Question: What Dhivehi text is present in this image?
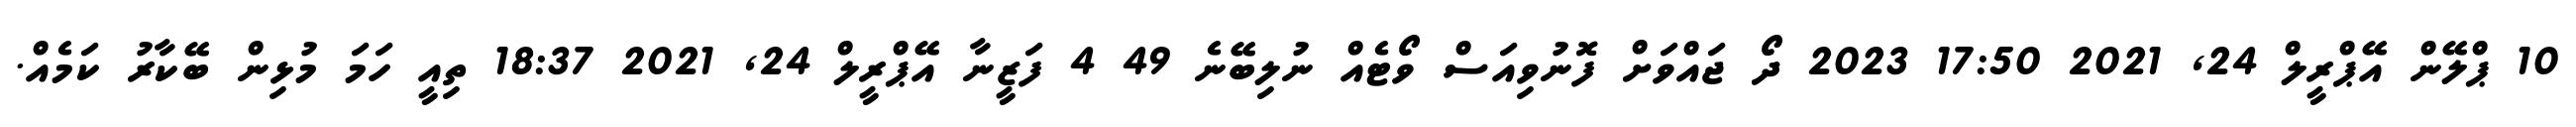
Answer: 10 ޕްލޭން އޭޕްރީލް 24, 2021 17:50 2023 ދޯ ޖައްވަށް ފޮނުވިއަސް ވޯޓެއް ނުލިބޭނެ 49 4 ފަޒީނާ އޭޕްރީލް 24, 2021 18:37 ތިއީ ހަމަ މުޅިން ބޭކާރު ކަމެއް.